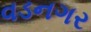
વડનગર